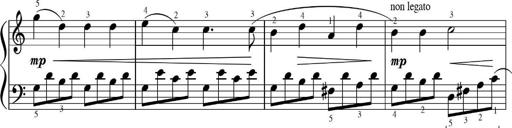
Title: Sonatinas
Composer: Andrew Violette